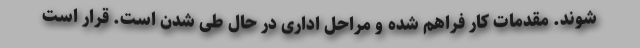
شوند. مقدمات کار فراهم شده و مراحل اداری در حال طی شدن است. قرار است